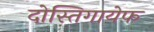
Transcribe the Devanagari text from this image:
दोस्तिगायेफ़